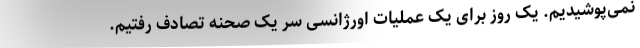
نمی‌پوشیدیم. یک روز برای یک عملیات اورژانسی سر یک صحنه تصادف رفتیم.